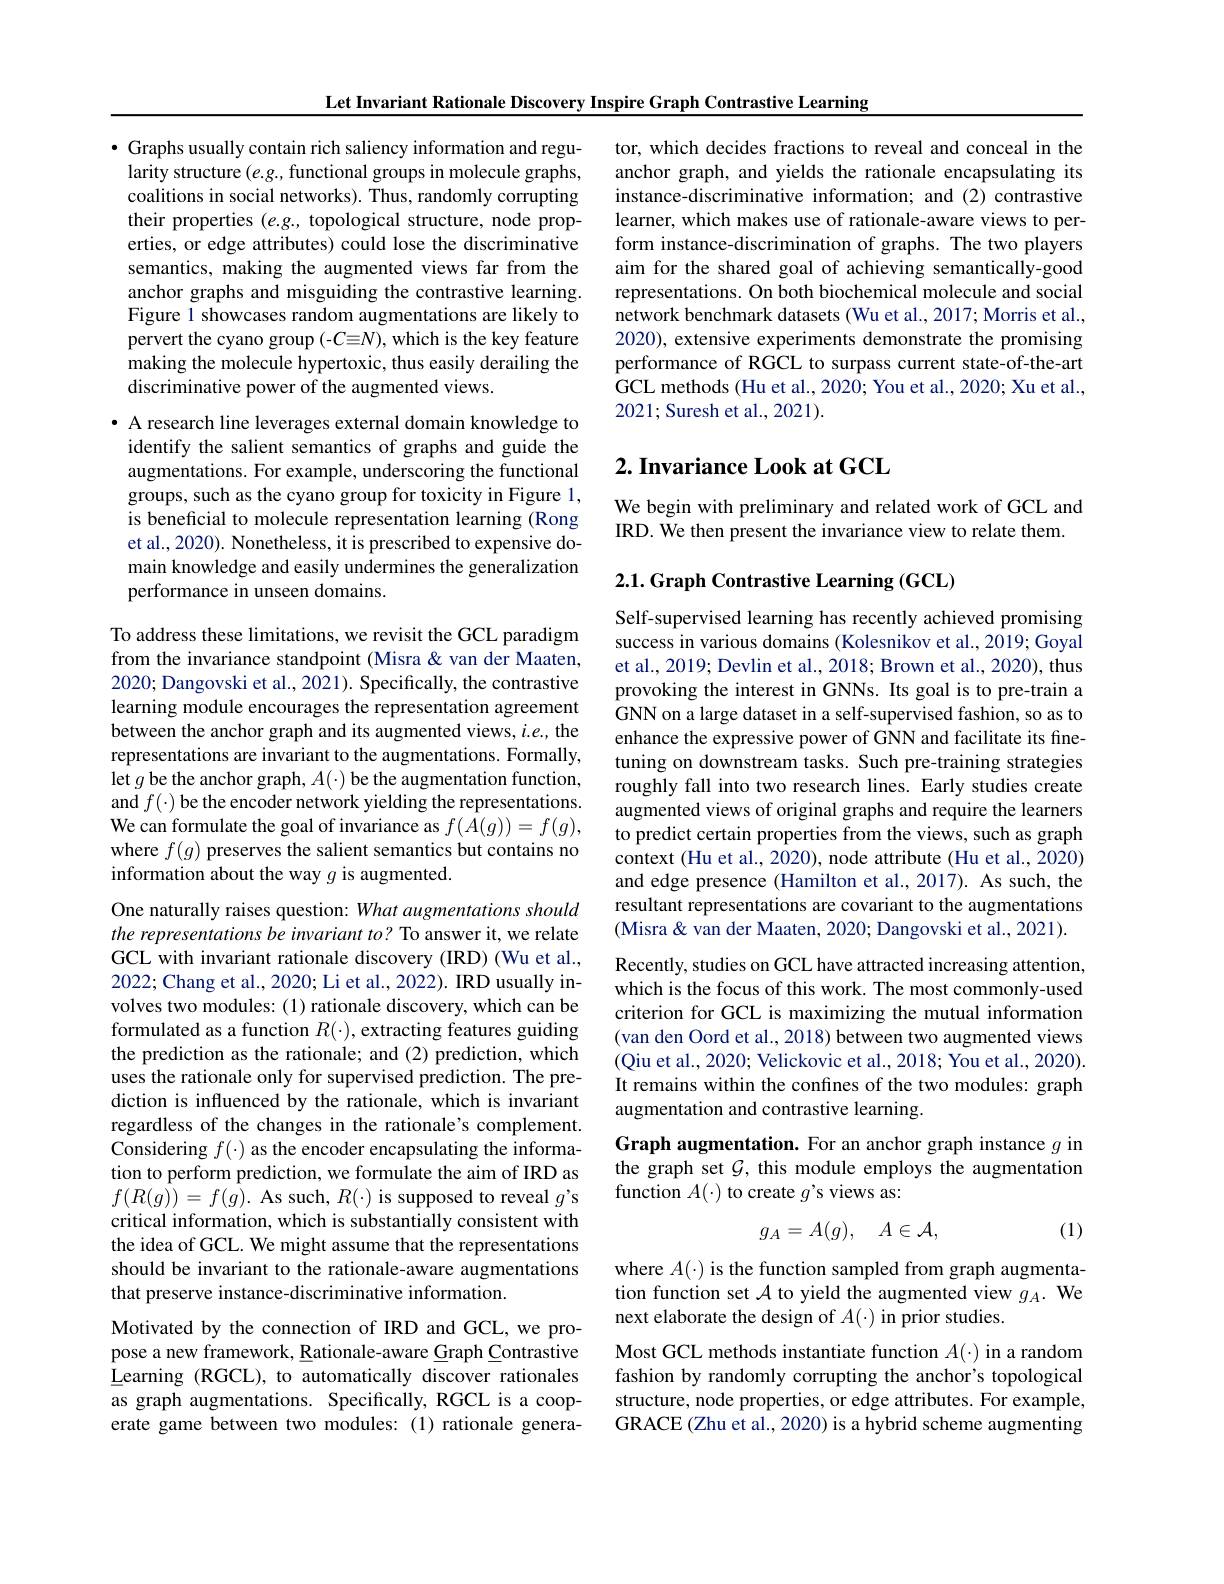
Let Invariant Rationale Discovery Inspire Graph Contrastive Learning

· Graphs usually contain rich saliency information and regularity structure $(e.g.$, functional groups in molecule graphs, coalitions in social networks). Thus, randomly corrupting their properties $(e.g.$, topological structure, node properties, or edge attributes) could lose the discriminative semantics, making the augmented views far from the anchor graphs and misguiding the contrastive learning. Figure 1 showcases random augmentations are likely to pervert the cyano group (-$C\equiv N)$, which is the key feature making the molecule hypertoxic, thus easily derailing the discriminative power of the augmented views.

· A research line leverages external domain knowledge to
identify the salient semantics of graphs and guide the augmentations. For example, underscoring the functional groups, such as the cyano group for toxicity in Figure 1, is beneficial to molecule representation learning (Rong et al., 2020). Nonetheless, it is prescribed to expensive domain knowledge and easily undermines the generalization performance in unseen domains.

To address these limitations, we revisit the GCL paradigm from the invariance standpoint (Misra &van der Maaten, 2020; Dangovski et al., 2021). Specifically, the contrastive learning module encourages the representation agreement between the anchor graph and its augmented views, i.e., the representations are invariant to the augmentations. Formally, let $g$ be the anchor graph, $A(\cdot)$ be the augmentation function, and $f(\cdot)$ be the encoder network yielding the representations. We can formulate the goal of invariance as $f(A(g))=f(g)$, where $f(g)$ preserves the salient semantics but contains no information about the way $g$ is augmented.

One naturally raises question: What augmentations should the representations be imvariant to? To answer it, we relate GCL with invariant rationale discovery (IRD) (Wu et al., 2022; Chang et al., 2020; Li et al., 2022). IRD usually involves two modules: (1) rationale discovery, which can be formulated as a function $R(\cdot)$, extracting features guiding the prediction as the rationale; and (2) prediction, which uses the rationale only for supervised prediction. The prediction is influenced by the rationale, which is invariant regardless of the changes in the rationale's complement. Considering $f(\cdot)$ as the encoder encapsulating the information to perform prediction, we formulate the aim of IRD as $f(R(g))=f(g).$ As such, $R(\cdot)$ is supposed to reveal $g^{\prime}$s critical information, which is substantially consistent with the idea of GCL. We might assume that the representations should be invariant to the rationale-aware augmentations that preserve instance-discriminative information.
Motivated by the connection of IRD and GCL, we propose a new framework, Rationale-aware Graph Contrastive Learning (RGCL), to automatically discover rationales as graph augmentations. Specifically, RGCL is a coop-

erate game between two modules: (1) rationale genera-

tor, which decides fractions to reveal and conceal in the anchor graph, and yields the rationale encapsulating its instance-discriminative information; and (2) contrastive learner, which makes use of rationale-aware views to perform instance-discrimination of graphs. The two players aim for the shared goal of achieving semantically-good representations. On both biochemical molecule and social network benchmark datasets (Wu et al., 2017; Morris et al., 2020), extensive experiments demonstrate the promising performance of RGCL to surpass current state-of-the-art GCL methods (Hu et al., 2020; You et al., 2020; Xu et al., 2021; Suresh et al., 2021).

## $2. \textbf{ Invariance Look at GCL}$

We begin with preliminary and related work of GCL and
IRD. We then present the invariance view to relate them.

$2. 1. \textbf{Graph Contrastive Learning ( GCL) }$

Self-supervised learning has recently achieved promising success in various domains (Kolesnikov et al., 2019; Goyal et al., 2019; Devlin et al., 2018; Brown et al., 2020), thus provoking the interest in GNNs. Its goal is to pre-train a GNN on a large dataset in a self-supervised fashion, so as to enhance the expressive power of GNN and facilitate its finetuning on downstream tasks. Such pre-training strategies roughly fall into two research lines. Early studies create augmented views of original graphs and require the learners to predict certain properties from the views, such as graph context (Hu et al., 2020), node attribute (Hu et al., 2020) and edge presence (Hamilton et al., 2017). As such, the resultant representations are covariant to the augmentations (Misra& van der Maaten, 2020; Dangovski et al., 2021). Recently, studies on GCL have attracted increasing attention, which is the focus of this work. The most commonly-used criterion for GCL is maximizing the mutual information (van den Oord et al., 2018) between two augmented views (Qiu et al., 2020; Velickovic et al., 2018; You et al., 2020). It remains within the confines of the two modules: graph augmentation and contrastive learning.
Graph augmentation. For an anchor graph instance $g$ in the graph set $\mathcal{G}$, this module employs the augmentation

function $A(\cdot)$ to create $g’$s views as:
$$g_A=A(g),\quad A\in\mathcal{A},$$
(1)

where $A(\cdot)$ is the function sampled from graph augmentation function set $\mathcal{A}$ to yield the augmented view $g_A.$ We next elaborate the design of $A(\cdot)$ in prior studies.

Most GCL methods instantiate function $A(\cdot)$ in a random fashion by randomly corrupting the anchor's topological structure, node properties, or edge attributes. For example, GRACE (Zhu et al., 2020) is a hybrid scheme augmenting